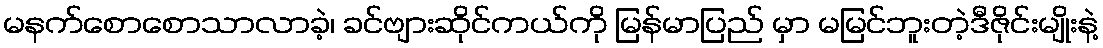
မနက်စောစောသာလာခဲ့၊ ခင်ဗျားဆိုင်ကယ်ကို မြန်မာပြည် မှာ မမြင်ဘူးတဲ့ဒီဇိုင်းမျိုးနဲ့